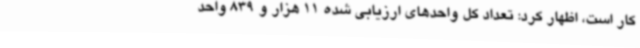
کار است، اظهار کرد: تعداد کل واحدهای ارزیابی شده 11 هزار و 839 واحد